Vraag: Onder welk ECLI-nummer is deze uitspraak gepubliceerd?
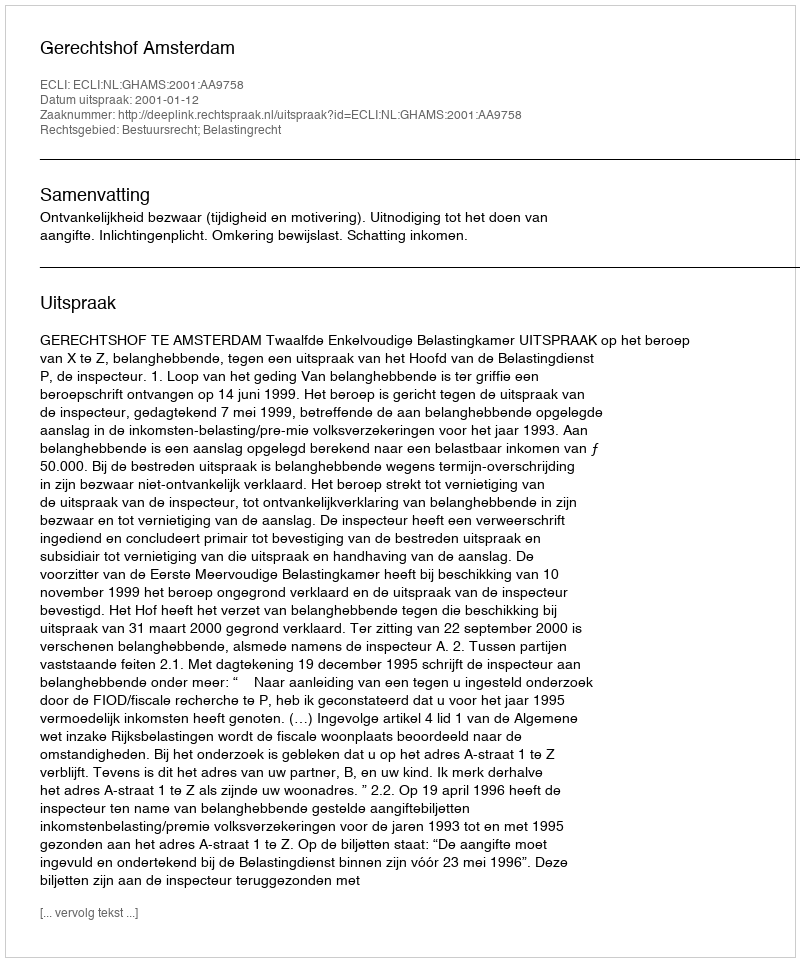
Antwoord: ECLI:NL:GHAMS:2001:AA9758